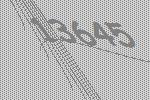
13645